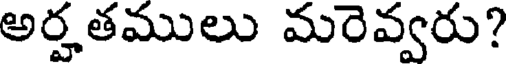
అర్హతములు మరెవ్వరు?